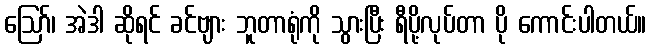
ဪ၊ အဲဒါ ဆိုရင် ခင်ဗျား ဘူတာရုံကို သွားပြီး ရီပို့လုပ်တာ ပို ကောင်းပါတယ်။